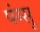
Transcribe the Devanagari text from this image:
पंग्सु